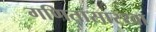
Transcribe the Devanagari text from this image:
गणितासारखा